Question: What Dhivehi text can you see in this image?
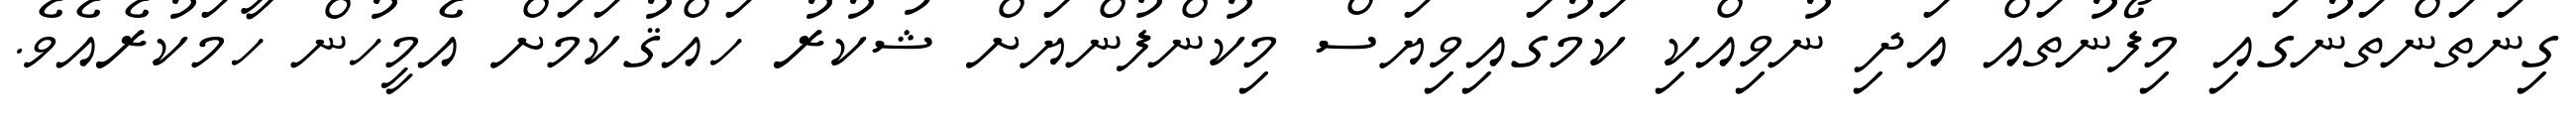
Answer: ގިނަތަންތަނުގައި މިފޯނުތައް އަދި ނުވިއްކި ކަމުގައިވިޔަސް މިކުންފުންޔަށް ޝުކުރު ހައްޤުކަމަށް އެމީހުން ހާމަކުރެއެވެ.